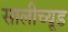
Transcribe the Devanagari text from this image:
सालीच्यूड